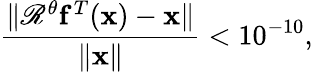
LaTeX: \frac{\| \mathscr R^{\theta}\mathbf f^{T}(\mathbf x)-\mathbf x\| }{\| \mathbf x\| }<10^{-10},